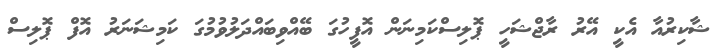
ޝާކިރުއާ އެކީ އޭރު ރާޖްޝަހީ ޕޮލިސްކަމިނަން އޮފީހުގަ ބޭއްވިބައްދަލުވުމުގަ ކަމިޝަނަރު އޮފް ޕޮލިސް